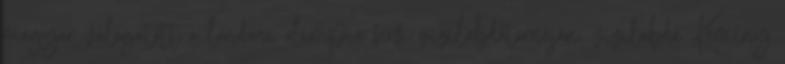
magyar válogatott a londoni olimpia férfi vízilabdatornáján. vízilabda Kemény